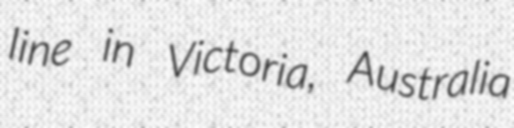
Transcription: line in Victoria, Australia